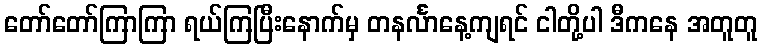
တော်တော်ကြာကြာ ရယ်ကြပြီးနောက်မှ တနင်္လာနေ့ကျရင် ငါတို့ပါ ဒီကနေ အတူတူ